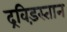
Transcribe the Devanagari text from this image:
द्रविड़स्तान